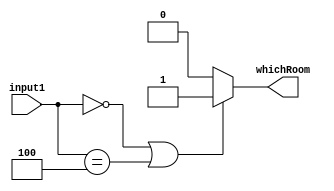
`timescale 1ns / 1ps
//////////////////////////////////////////////////////////////////////////////////
// Company: 
// Engineer: 
// 
// Design Name: 
// Module Name: Lab6_practice1_ifelse
// Project Name: 
// Target Devices: 
// Tool Versions: 
// Description: 
// 
// Dependencies: 
// 
// Revision:
// Revision 0.01 - File Created
// Additional Comments:
// 
//////////////////////////////////////////////////////////////////////////////////
module Lab6_practice1_ifelse(
    input [2:0] input1,
    output reg whichRoom
    );
      always @(input1)
      begin
      if (input1 ==  3'b000 ||input1 ==  3'b100 )
          whichRoom = 1;
      else 
          whichRoom = 0;
      end
endmodule